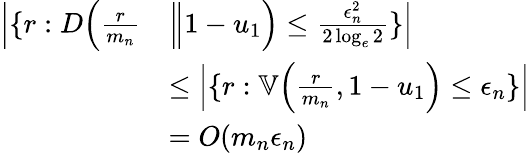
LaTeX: \begin{array}{rl}{\Big|\{ r:D\Big(\frac{r}{{m_{n}}}}&{\Big\| 1-u_{1}\Big)\le\frac{\epsilon_{n}^{2}}{2\log_{e}2}\} \Big|}\\ &{\le\Big|\{ r:\mathbb{V}\Big(\frac{r}{{m_{n}}},1-u_{1}\Big)\le\epsilon_{n}\} \Big|}\\ &{=O({m_{n}}\epsilon_{n})}\end{array}